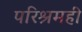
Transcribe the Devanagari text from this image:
परिश्रमही